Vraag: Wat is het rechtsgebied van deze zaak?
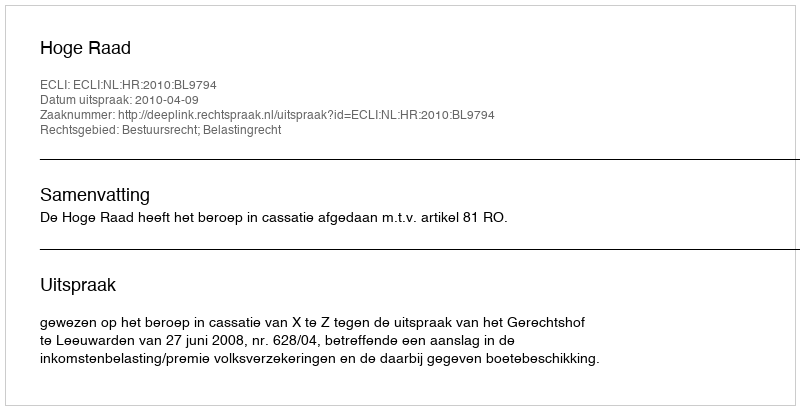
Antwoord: Bestuursrecht; Belastingrecht